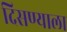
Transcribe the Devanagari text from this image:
दिसण्याला